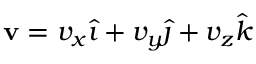
\mathbf { v } = v _ { x } { \boldsymbol { \hat { \imath } } } + v _ { y } { \boldsymbol { \hat { \jmath } } } + v _ { z } { \boldsymbol { \hat { k } } }